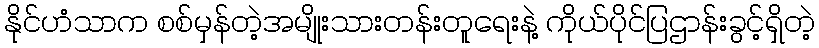
နိုင်ဟံသာက စစ်မှန်တဲ့အမျိုးသားတန်းတူရေးနဲ့ ကိုယ်ပိုင်ပြဌာန်းခွင့်ရှိတဲ့